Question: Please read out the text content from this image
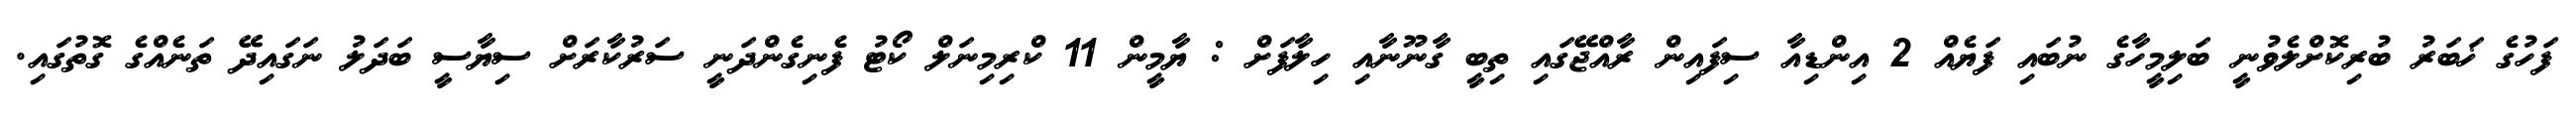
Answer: ފަހުގެ ޚަބަރު ބުރިކޮށްލެވުނީ ބަލިމީހާގެ ނުބައި ފަޔެއް 2 އިންޑިއާ ސިފައިން ރާއްޖޭގައި ތިބީ ގާނޫނާއި ހިލާފަށް : ޔާމީން 11 ކްރިމިނަލް ކޯޓު ފެނިގެންދަނީ ސަރުކާރަށް ސިޔާސީ ބަދަލު ނަގައިދޭ ތަނެއްގެ ގޮތުގައި.